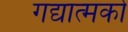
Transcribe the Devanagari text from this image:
गद्यात्‍मको